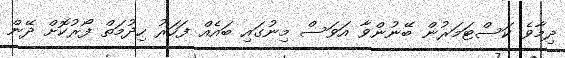
ދިމާވެ ކަސްޓަމަރުން ބޭނުންވާ އަވަސް މިނުގައި ބައެއް ފަހަރު ހިދުމަތް ފޯރުކޮށް ދޭން